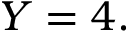
Y = 4 .